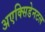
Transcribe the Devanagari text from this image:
अएक्सिडेनटल